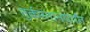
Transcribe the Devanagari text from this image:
तुर्कस्तानपर्यंत